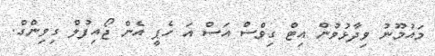
މައުމޫނު ވިދާޅުވުން އިޓް ގިވްސް އަސް އަ ހެޕީ އެން ޖޯއިފުލް ގިވިންގް.